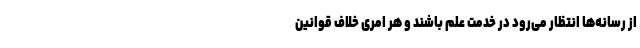
از رسانه‌ها انتظار می‌رود در خدمت علم باشند و هر امری خلاف قوانین